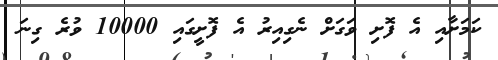
ކަމަށާއި އެ ފޮށި ވަގަށް ނެގިއިރު އެ ފޮށީގައި 10000 ވުރެ ގިނަ